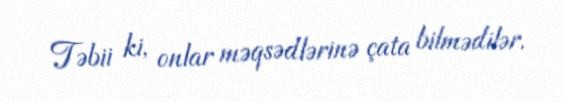
Təbii ki, onlar məqsədlərinə çata bilmədilər.